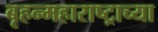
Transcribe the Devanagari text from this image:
बृहन्महाराष्ट्राच्या